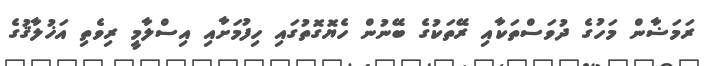
ރަމަޟާން މަހުގެ ދުވަސްތަކާއި ރޭތަކުގެ ބޭނުން ހެޔޮގޮތުގައި ހިފުމަށާއި އިސްލާމީ ރިވެތި އަޚުލާޤުގެ